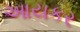
આયકર